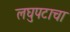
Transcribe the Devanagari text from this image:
लघुपटाचा